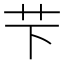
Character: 芐